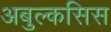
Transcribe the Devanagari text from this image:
अबुल्कसिस